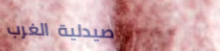
صيدلية الغرب